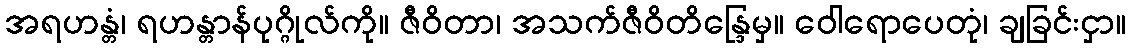
အရဟန္တံ၊ ရဟန္တာန်ပုဂ္ဂိုလ်ကို။ ဇီဝိတာ၊ အသက်ဇီဝိတိန္ဒြေမှ။ ဝေါရောပေတုံ၊ ချခြင်းငှာ။